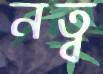
নত্ব